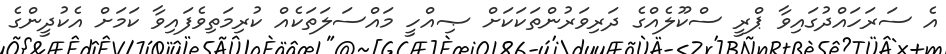
އެ ސަރަހައްދުގައިވާ ޕްރީ ސްކޫލެއްގެ ދަރިވަރުންތަކަކަށް ޞިއްހީ މައްސަލަތަކެއް ކުރިމަތިވެފައިވާ ކަމަށް އެކުދީންގެ